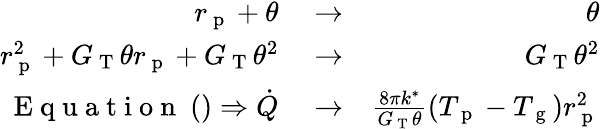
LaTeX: \begin{array}{rlr}{r_{\mathrm{~p~}}+\theta}&{{}\rightarrow}&{\theta}\\ {r_{\mathrm{~p~}}^{2}+G_{\mathrm{~T~}}\theta r_{\mathrm{~p~}}+G_{\mathrm{~T~}}\theta^{2}}&{{}\rightarrow}&{G_{\mathrm{~T~}}\theta^{2}}\\ {\mathrm{~E~q~u~a~t~i~o~n~}~()\Rightarrow\dot{Q}}&{{}\rightarrow}&{\frac{8\pi k^{*}}{G_{\mathrm{~T~}}\theta}(T_{\mathrm{~p~}}-T_{\mathrm{~g~}})r_{\mathrm{~p~}}^{2}}\end{array}